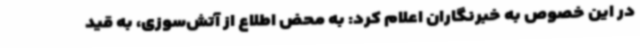
در این خصوص به خبرنگاران اعلام کرد: به محض اطلاع از آتش‌سوزی، به قید